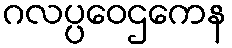
ဂလပ္ပဝေဌကေန